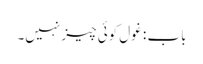
باب : غول کوئی چیز نہیں۔